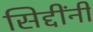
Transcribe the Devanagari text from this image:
सिद्दींनी